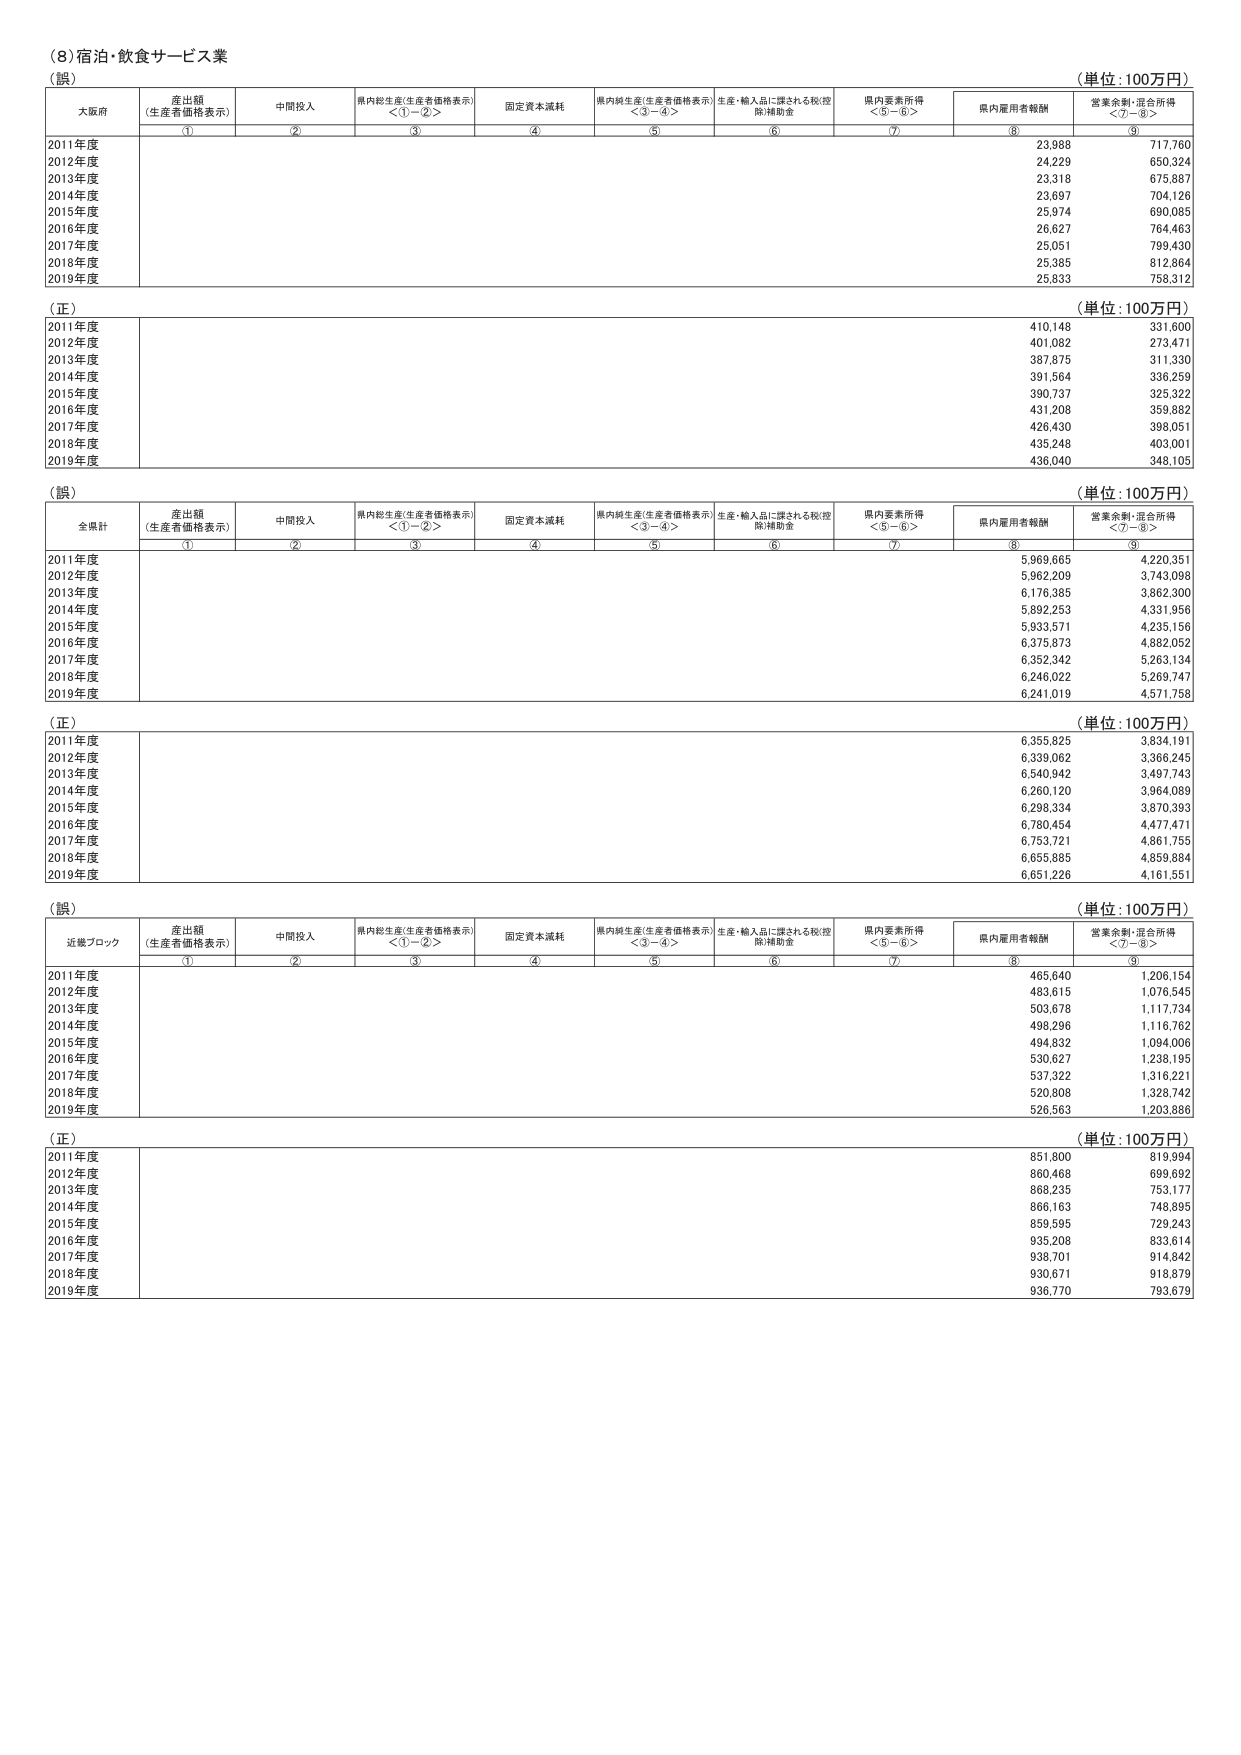
(8) 宿泊・飲食サービス業

（誤）
（単位：100万円）
大阪府
産出額
（生産者価格表示）
中間投入
県内総生産（生産者価格表示）
＜①－②＞
固定資本減耗
県内純生産（生産者価格表示）
＜③－④＞
生産・輸入品に課される税（控除）補助金
県内要素所得
＜⑤－⑥＞
県内雇用者報酬
営業余剰・混合所得
＜⑦－⑧＞
①
②
③
④
⑤
⑥
⑦
⑧
⑨
2011年度
23,988
717,760
2012年度
24,229
650,324
2013年度
23,318
675,887
2014年度
23,697
704,126
2015年度
25,974
690,085
2016年度
26,627
764,463
2017年度
25,051
799,430
2018年度
25,385
812,864
2019年度
25,833
758,312

（正）
（単位：100万円）
2011年度
410,148
331,600
2012年度
401,082
273,471
2013年度
387,875
311,330
2014年度
391,564
336,259
2015年度
390,737
325,322
2016年度
431,208
359,882
2017年度
426,430
398,051
2018年度
435,248
403,001
2019年度
436,040
348,105

（誤）
（単位：100万円）
全県計
産出額
（生産者価格表示）
中間投入
県内総生産（生産者価格表示）
＜①－②＞
固定資本減耗
県内純生産（生産者価格表示）
＜③－④＞
生産・輸入品に課される税（控除）補助金
県内要素所得
＜⑤－⑥＞
県内雇用者報酬
営業余剰・混合所得
＜⑦－⑧＞
①
②
③
④
⑤
⑥
⑦
⑧
⑨
2011年度
5,969,665
4,220,351
2012年度
5,962,209
3,743,098
2013年度
6,176,385
3,862,300
2014年度
5,892,253
4,331,956
2015年度
5,933,571
4,235,156
2016年度
6,375,873
4,882,052
2017年度
6,352,342
5,263,134
2018年度
6,246,022
5,269,747
2019年度
6,241,019
4,571,758

（正）
（単位：100万円）
2011年度
6,355,825
3,834,191
2012年度
6,339,062
3,366,245
2013年度
6,540,942
3,497,743
2014年度
6,260,120
3,964,089
2015年度
6,298,334
3,870,393
2016年度
6,780,454
4,477,471
2017年度
6,753,721
4,861,755
2018年度
6,655,885
4,859,884
2019年度
6,651,226
4,161,551

（誤）
（単位：100万円）
近畿ブロック
産出額
（生産者価格表示）
中間投入
県内総生産（生産者価格表示）
＜①－②＞
固定資本減耗
県内純生産（生産者価格表示）
＜③－④＞
生産・輸入品に課される税（控除）補助金
県内要素所得
＜⑤－⑥＞
県内雇用者報酬
営業余剰・混合所得
＜⑦－⑧＞
①
②
③
④
⑤
⑥
⑦
⑧
⑨
2011年度
465,640
1,206,154
2012年度
483,615
1,076,545
2013年度
503,678
1,117,734
2014年度
498,296
1,116,762
2015年度
494,832
1,094,006
2016年度
530,627
1,238,195
2017年度
537,322
1,316,221
2018年度
520,808
1,328,742
2019年度
526,563
1,203,886

（正）
（単位：100万円）
2011年度
851,800
819,994
2012年度
860,468
699,692
2013年度
868,235
753,177
2014年度
866,163
748,895
2015年度
859,595
729,243
2016年度
935,208
833,614
2017年度
938,701
914,842
2018年度
930,671
918,879
2019年度
936,770
793,679